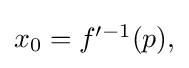
{\textstyle x_{0}=f^{\prime -1}(p),}